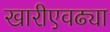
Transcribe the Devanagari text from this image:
खारीएवढ्या